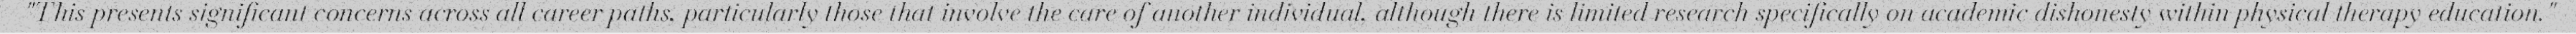
"This presents significant concerns across all career paths, particularly those that involve the care of another individual, although there is limited research specifically on academic dishonesty within physical therapy education."